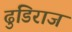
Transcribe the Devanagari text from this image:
ढुंडिराज